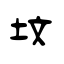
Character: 坟